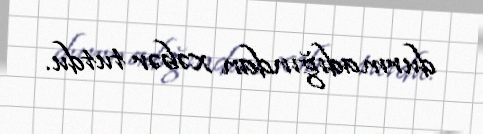
durmadığından xəbər tutdu.